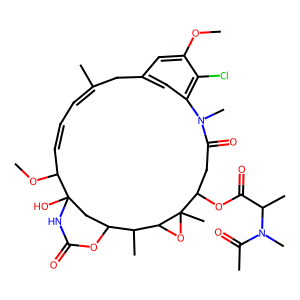
SMILES: COc1cc2cc(c1Cl)N(C)C(=O)CC(OC(=O)C(C)N(C)C(C)=O)C1(C)OC1C(C)C1CC(O)(NC(=O)O1)C(OC)C=CC=C(C)C2
Inhibits HIV replication: No